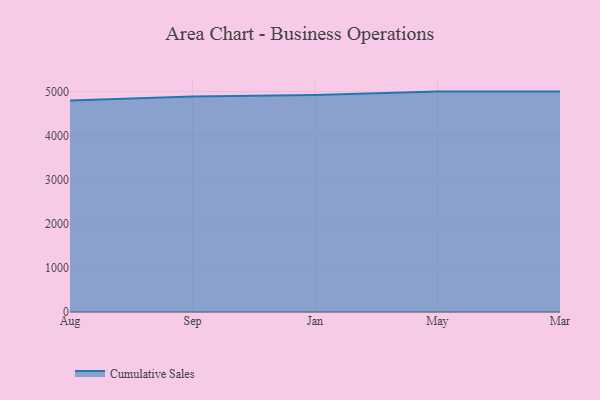
{"axis": {"x": "Month", "y": "Bounce Rate (%)"}, "legend": ["Cumulative Sales"], "data": [{"x": "Aug", "y": 4798.2, "type": "Cumulative Sales"}, {"x": "Sep", "y": 4887.8, "type": "Cumulative Sales"}, {"x": "Jan", "y": 4922.5, "type": "Cumulative Sales"}, {"x": "May", "y": 5000, "type": "Cumulative Sales"}, {"x": "Mar", "y": 5000, "type": "Cumulative Sales"}]}